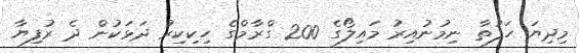
މިދިޔަ ހަފުތާ ނިމުނުއިރު މައިލޯގެ 200 ގްރާމްގެ ހިކިކިރު ދަޅަކުން ދެ ރުފިޔާ